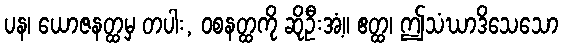
ပန၊ ယောဇနတ္ထမှ တပါး, ဝစနတ္ထကို ဆိုဦးအံ့။ ဧတ္ထ၊ ဤသံဃာဒိသေသော